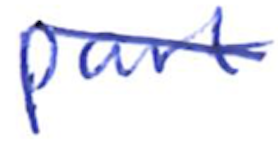
Text: part
Cross-out: diagonal
Writing tool: ballpoint